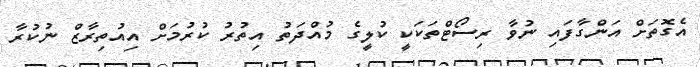
އެގޮތަށް އަންގާފައި ނުވާ ރިސޯޓްތަކަކީ ކުލީގެ މުއްދަތު އިތުރު ކުރުމަށް އިއުތިރާޒް ނުކުރާ